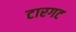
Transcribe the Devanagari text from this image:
टारगट